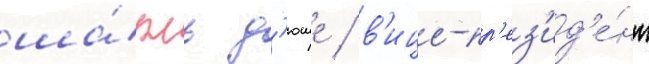
ша́рль д'юше / в'ице-пр'ез'ид'е́нт